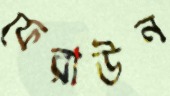
ফেরাউন